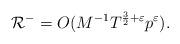
LaTeX: \begin{align*}\mathcal{R}^- = O(M^{-1} T^{\frac{3}{2} + \varepsilon} p^{\varepsilon}).\end{align*}